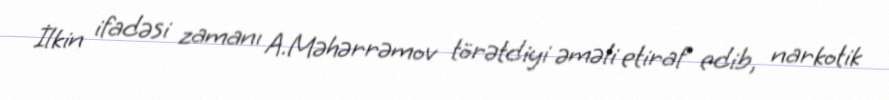
İlkin ifadəsi zamanı A.Məhərrəmov törətdiyi əməli etiraf edib, narkotik